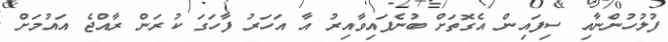
ފުލުހުންނާއި ސިފައިން އެގޮތަށް ބުނެފައިވާއިރު އާ އަހަރު ފާހަގަ ކުރަން ރާއްޖެ އައުމަށް